Calcutta medical institutions reports 1871-78
Year: 1871
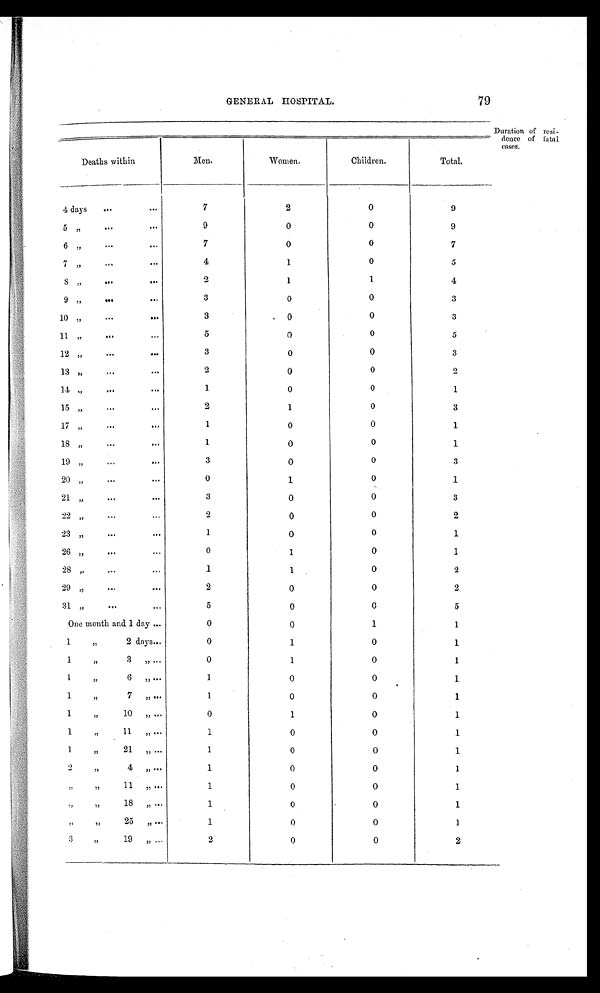
GENERAL HOSPITAL.79
Duration of resi-
dence of fatal
cases.
Deaths within
Men.
Women.
Children.
Total.
4 days
7
2
0
9
5 ,,
9
0
0
9
6 ,,
7
0
0
7
7 ,,
4
1
0
5
8 ,,
2
1
1
4
9 ,,
3
0
0
3
10 ,,
3
0
0
3
11 ,, 5
0
0
5
12 ,,
3
0
0
3
13 ,,
2
0
0
2
14 ,,
1
0
0
1
15 ,,
2
1
0
3
17 „
1
0
0
1
18 ,,
1
0
0
1
19 ,,
3
0
0
3
20 ,,
0
1
0
1
21 ,,
3
0
0
3
22 ,,
2
0
0
2
23 ,,
1
0
0
1
26 ,,
0
1
0
1
28 ,,
1
1
0
2
29 ,,
2
0
0
2
31 ,,
5
0
0
5
One month and 1 day
0
0
1
1
1
,,
2 days
0
1
0
1
1 ,,
3 ,,
0
1
0
1
1 ,,
6„
1
0
0
1
1 ,,
7 ,,
1
0
0
1
1 ,,
10 „
0
1
0
1
1 , ,
11 ,,
1
0
0
1
1 ,,
21 ,,
1
0
0
1
2 ,,
4 ,,
1
0
0
1
,,
11 ,,
1
0
0
1
,,
18 ,,
1
0
0
1
,,
25 ,,
1
0
0
1
3 ,,
19 ,,
2
0
0
2